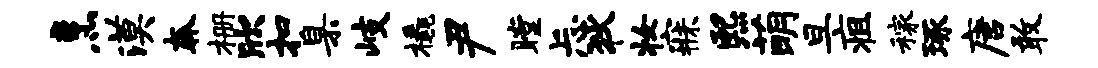
烹漠奔栅欣扣臬岐橇尹瞠忐狄妆寐熙萌旦疽稼琢唐敢